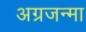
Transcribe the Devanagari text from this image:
अग्रजन्मा